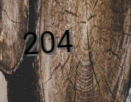
204